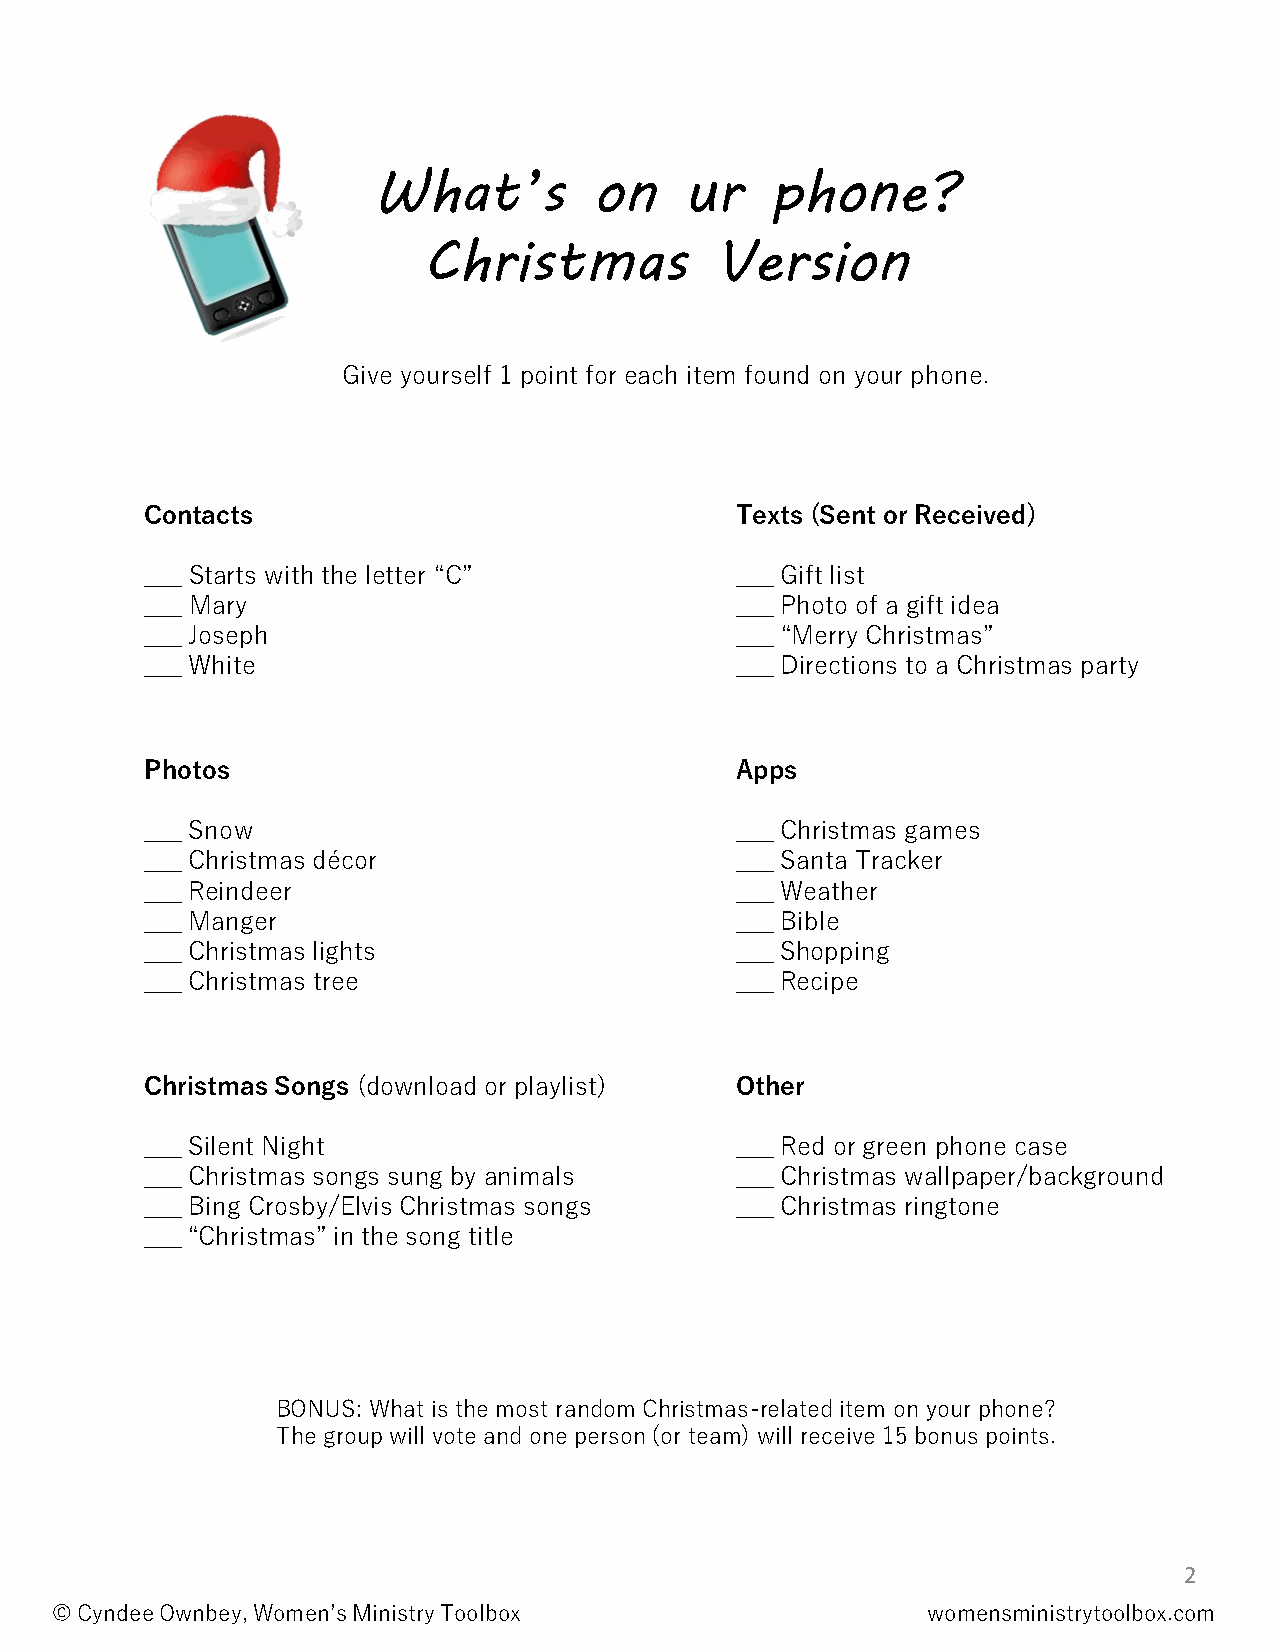
What’s        on    ur    phone?
 Christmas          Version
 Give yourself 1 point for each item found on your phone.
 Contacts                               Texts (Sent or Received)
 ___ Starts with the letter “C”         ___ Gift list
 ___ Mary                               ___ Photo of a gift idea
 ___ Joseph                             ___ “Merry Christmas”
 ___ White                              ___ Directions to a Christmas party
 Photos                                 Apps
 ___ Snow                               ___ Christmas games
 ___ Christmas décor                    ___ Santa Tracker
 ___ Reindeer                           ___ Weather
 ___ Manger                             ___ Bible
 ___ Christmas lights                   ___ Shopping
 ___ Christmas tree                     ___ Recipe
 Christmas Songs (download or playlist) Other
 ___ Silent Night                       ___ Red or green phone case
 ___ Christmas songs sung by animals    ___ Christmas wallpaper/background
 ___ Bing Crosby/Elvis Christmas songs  ___ Christmas ringtone
 ___ “Christmas” in the song title
 BONUS: What is the most random Christmas-related item on your phone?
 The group will vote and one person (or team) will receive 15 bonus points.
 2
 © Cyndee Ownbey, Women’s Ministry Toolbox                 womensministrytoolbox.com